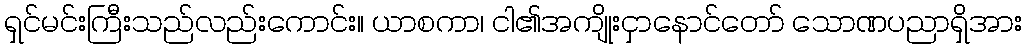
ရှင်မင်းကြီးသည်လည်းကောင်း။ ယာစကာ၊ ငါ၏အကျိုးငှာနောင်တော် သောဏပညာရှိအား